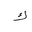
Letter: _kaf